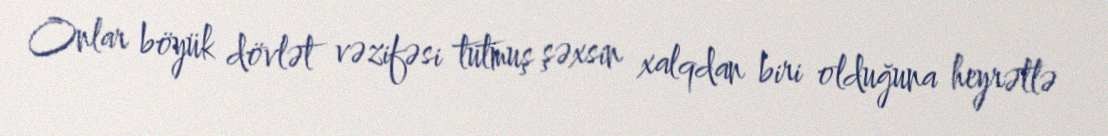
Onlar böyük dövlət vəzifəsi tutmuş şəxsin xalqdan biri olduğuna heyrətlə